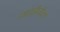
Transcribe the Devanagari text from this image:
माईग्रेन